Report on horse surra - Volume I
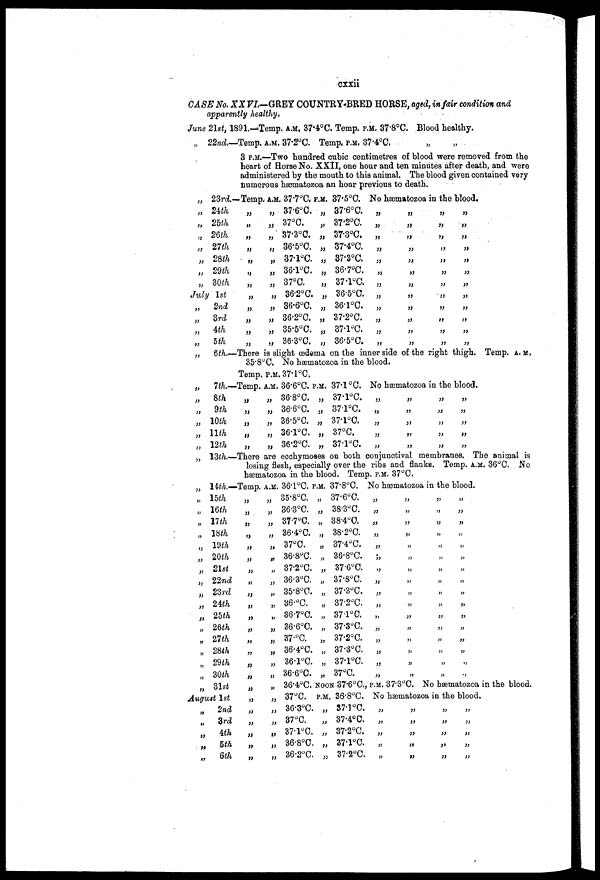
cxxii
CASS No. XXVI—GREY COUNTRY-BRED HOUSE. aged. in fair condition and
apparently healthy.
June 21st. 1891.—Temp. A.M. 37.4 0 C. Temp. P.M. 37.8 0 C. Blood healthy.
„ 22nd.—Temp. A.M 37.2°C. Temp. P.M. 37.4°C.
3 P.M.—Two hundred cubic centimetres of blood were removed from the
heart of Horse No. XXII. one hour and ten minutes after death. and were
administered by the mouth to this animal. The blood given contained very
numerous hæmatozoa an hour previous to death.
„ 23rd-
„ 24th
„ 25th
„ 26th
„ 27th
„ 28th
„ 29th
„ 30th
July 1st
„ 2nd
„
3rd
„ 4th
„
5th
-Temp.
„
„
„
„
„
„
„
„
„
„
„
„
A.M
„
„
„
„
„
„
„
„
„
„
„
„
37.7°C
37.6°C.
37°C.
37.3°C.
36.5°C.
37.l°C.
36.1°C.
37°C.
36.2°C.
36.6°C.
36.2°C.
35.5°C.
36.3°C.
P.M.
„
„
„
„
„
„
„
„
„
„
„
„
37.5°C.
37.6°C
37.2°C.
37.3°C.
37.4°C.
37.3°C.
36.7°C.
37.1°C
36.5°C.
36.l°C.
37.2°C.
37.l°C.
36.5°C.
No hæmatozoa in the blood.
„
„
„
„
„
„
„
„
„
„
„
„
„
„
„
„
„
„
„
„
„
„
„
„
„
„
„
„
„
„
„
„
„
„
„
„
„
„
„
„
„
„
„
„
„
„
„
„
„ 6th.—There is slight œdema on the inner side of the right thigh. Temp. A. M.
35.8°C. No hæmatozoa in the blood.
Temp.P.M.37.l°0.
„
„
„
„
„
„
7th-
8th
9th
10th
11th
12th
-Temp.
„
„
„
„
„
A.M. 36.°C.
„ 36.°C
„ 36.6°C.
„ 36.5°C.
„ 36.l°C.
„ 36.2°C.
P.M.
„
„
„
„
„
37.1°C.
37.1°C.
37.1°C.
37.1°C.
37°C.
37.l°C.
No hæmatozoa in the blood.
„
„
„
„
„
„
„
„
„
„
„ „
„
„ „
„ „
„ „
„ 13th.—There are ecchymoaes on both conjunctival membranes. The animal is
losing flesh. especially over the ribs and flanks. Temp. A.M. 36°C. No
hæmatozoa in the blood. Temp. P.M. 37°C.
„
„
„
„
„
„
„
„
„
„
„
„
„
„
„
„
„
14th-
15th
16th
17th
18th
19th
20th
21st
22nd
23rd
24th
25th
26th
21th
28th
29th
30th
-Temp.
„
„
„
„
„
„
„
„
„
„
„
„
„
„
„
„
A.M.
„
„
„
„
„
„
„
„
„
„
„
„
„
„
„
„
36.l°C. P.M.
35.8°C.
36.3°C.
37.7°C.
36.4°C.
37°C.
36.8°C.
37.2°C.
36.3°C.
35.8°C.
36°C.
36.7°C.
36.6°C.
37.°C.
36.4°C.
36.l°C.
36.6°C.
„
„
„
„
„
„
„
„
„
„
„
„
„
„
„
„
37.8°C.
37.6°C.
38.°C
38.4°C.
38.2°C.
37.4°C.
36.8°C.
37.6°C.
37.8°C.
37.3°C.
37.2°C.
37.1°C
37.3°C.
37.2°C.
37.3°C.
37.l°C.
37°C.
No hæmatozoa
„
„
„
„
„
„
„
„
„
„
„
„
„
„
„
„
„
„
„
„
„
„
„
„
„
„
„
„
„
„
„
„
in the blood.
„
„
„
„
„
„
„
„
„
„
„
„
„
„
„
„
„
„
„
„
„
„
„
„
„
„
„
„
„
„
„
„
„ 31st
August 1st
„ 2nd
„ 3rd
„ 4th
„ 5th
„ 6th
„
„
„
„
„
„
„
„
„
„
„
„
„
„
36.4°C. NOON 37.6°C„
37°C.
36.3°C.
37°C.
37.1°C.
36.8°C.
36.2°C.
P.M.
„
„
„
„
„
36.8°C.
37.1 °C.
37.4°C.
37.2°C.
37.1°C.
37.2 o C.
P.M. 37.3°C.No hæmatozoa in the blood.
No hæmatozoa in the blood.
„
„
„
„
„
„
„
„
„
„
„
„
„
„
„
„
„
„
„
„